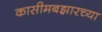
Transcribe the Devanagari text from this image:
कासीमबझारच्या